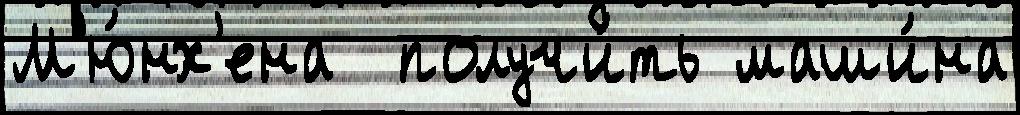
М'ю́нх'ена  получи́ть маши́на